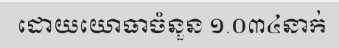
ដោយយោធាចំនួន ១.០៣៤នាក់